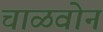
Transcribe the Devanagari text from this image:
चाळवोन